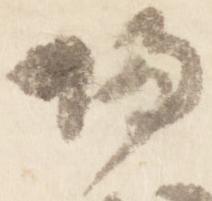
帰